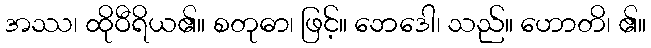
အဿ၊ ထိုဝီရိယ၏။ စတုဓာ၊ ဖြင့်။ ဘေဒေါ၊ သည်။ ဟောတိ၊ ၏။